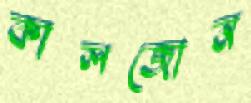
কালজোন